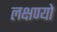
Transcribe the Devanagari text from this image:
लक्षण्यो